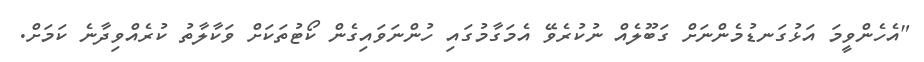
"އެހެންވީމަ އަޅުގަނޑުމެންނަށް ގަބޫލެއް ނުކުރެވޭ އެމަގާމުގައި ހުންނަވައިގެން ކޯޓުތަކަށް ވަކާލާތު ކުރެއްވިދާނެ ކަމަށް.